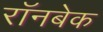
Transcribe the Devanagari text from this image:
रॉनबेक